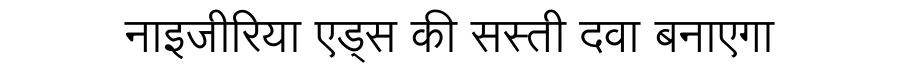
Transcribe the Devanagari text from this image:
नाइजीरिया एड्स की सस्ती दवा बनाएगा